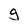
Character: g